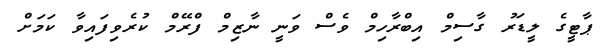
ޕާޓީގެ ލީޑަރު ގާސިމް އިބްރާހިމް ވެސް ވަނީ ނާޒިމް ފްރޭމް ކުރެވިފައިވާ ކަމަށް